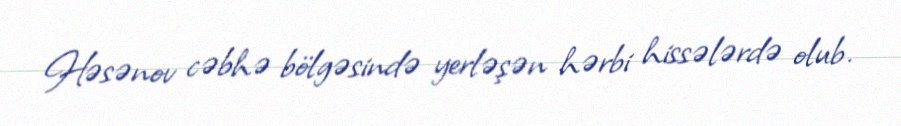
Həsənov cəbhə bölgəsində yerləşən hərbi hissələrdə olub.